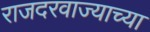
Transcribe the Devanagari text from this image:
राजदरवाज्याच्या